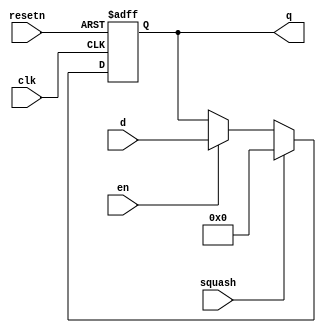
module pipe(
    d,
    clk,
    resetn,
    en,
    squash,
    q
    );
parameter WIDTH=32;
parameter DEPTH=1;
parameter RESETVALUE={WIDTH{1'b0}};
input [WIDTH-1:0]  d;
input              clk;
input              resetn;
input  [DEPTH-1:0] en;
input  [DEPTH-1:0] squash;
output [WIDTH*DEPTH-1:0] q;
reg [WIDTH*DEPTH-1:0] q;
integer i;
  always@(posedge clk or negedge resetn)
  begin
    if ( !resetn )
      q[ WIDTH-1:0 ]<=RESETVALUE;
    else if ( squash[0] )
      q[ WIDTH-1:0 ]<=RESETVALUE;
    else if (en[0])
      q[ WIDTH-1:0 ]<=d;
    for (i=1; i<DEPTH; i=i+1)
      if (!resetn)
        q[i*WIDTH +: WIDTH ]<=RESETVALUE;
      else if ( squash[i] )
        q[i*WIDTH +: WIDTH ]<=RESETVALUE;
      else if (en[i])
        q[i*WIDTH +: WIDTH ]<=q[(i-1)*WIDTH +: WIDTH ];
  end
endmodule